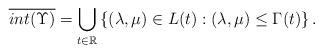
LaTeX: \begin{align*}\overline{int(\Upsilon)}=\displaystyle \bigcup_{t\in \mathbb{R}}\left\{(\lambda,\mu)\in L(t): (\lambda,\mu) \leq \Gamma(t) \right\}.\end{align*}